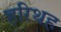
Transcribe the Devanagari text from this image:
हरिथह